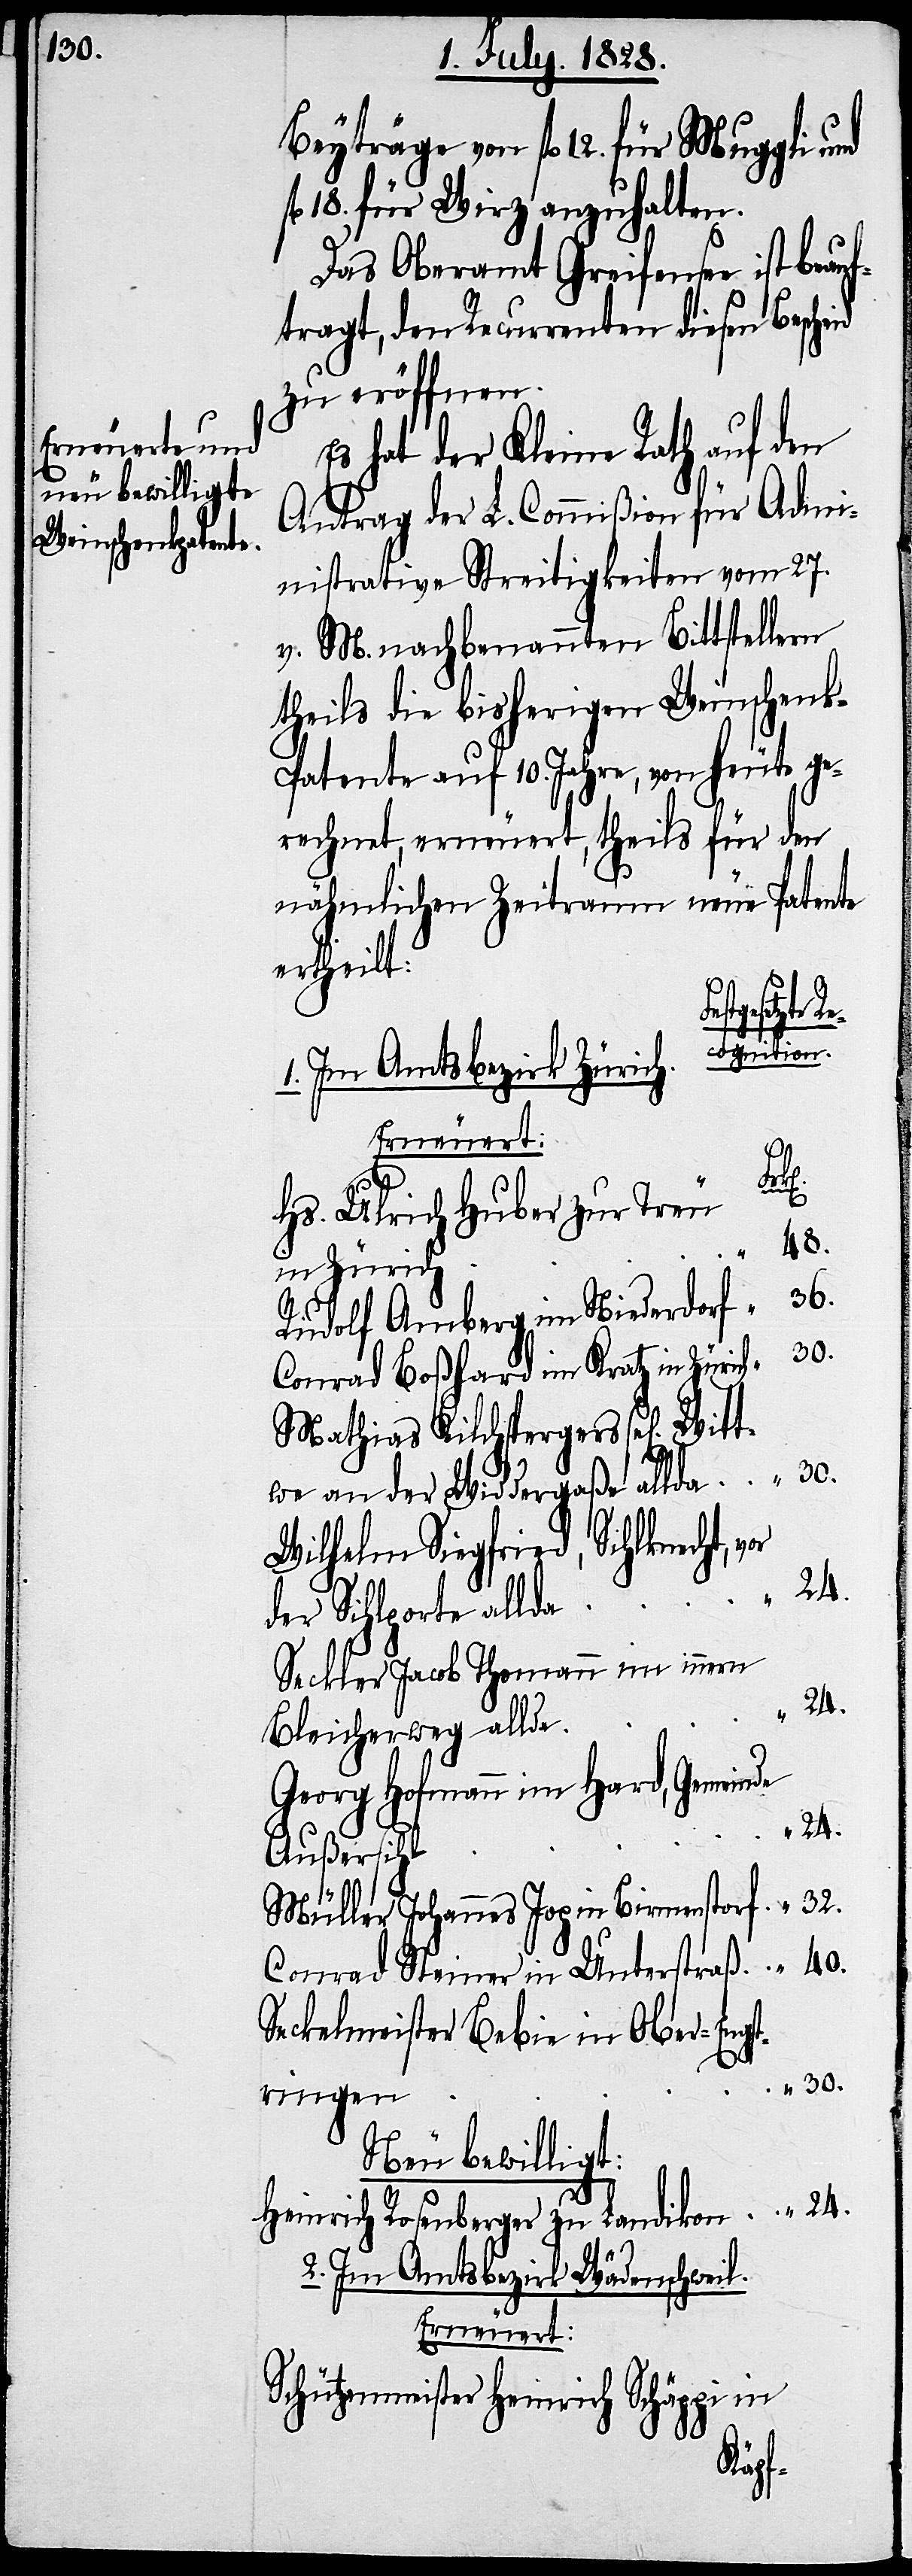
Beyträge von fl. 12. für Mu¬
18. für Wirz anzuhalten.
Das Oberamt Greifensee ist beau¬
ftragt, den Recurrenten diesen Bescheid
zu eröffnen.
Es hat der Kleine Rath auf den
Antrag der L. Commißion für Admi¬
nistrative Streitigkeiten vom 27.
v. M. nachbenannten Bittstellern
theils die bisherigen Weinschen¬
k-Patente auf 10. Jahre, von heute ge¬
rechnet, erneuert, theils für den
nähmlichen Zeitraum neue Patente
ertheilt:
tgesetzte
ognition.
1. Im Amtsbezirk Zürich.
32.
vor
Hs. Ulrich Huber zur Treu
48.
in Zürich
Rudolf Amberg im Niederdorf
30.
Conrad Boßhard im Kratz in Zürich
Mathias Kilchspergers sel[ig¬
twe an der Widdergaße allda
Wilhelm Siegfried, Sihlknecht,
der Sihlporte allda
Seckler Jacob Thomann im innern
Bleicherweg allda
Georg Hofmann im Hard, Gemeinde
24.
Außersihl
Müller Johannes Jop in Birmenstorf
40.
Conrad Steiner in Unterstraß
Seckelmeister Bebie in Ober-Engst¬
ringen
Neu bewilligt:
Heinrich Rosenberger zu Landikon
2. Im Amtsbezirk Wädenschweil
Erneuert:
Schützenmeister Heinrich Schäppi in